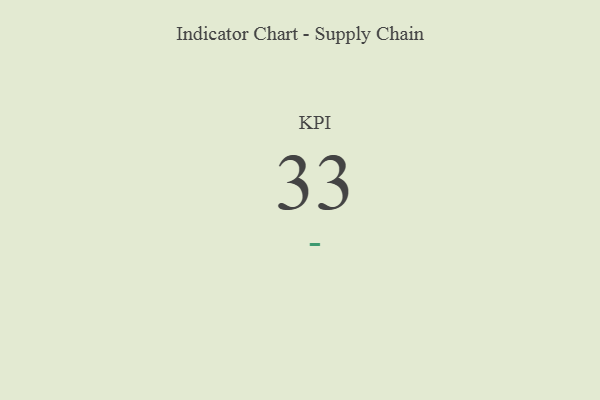
{"axis": {"x": "KPI", "y": "Value"}, "legend": [""], "data": [{"x": "KPI", "y": 33, "type": ""}]}